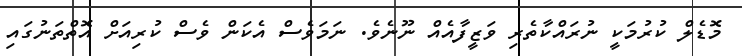
މޮޑެލް ކުރުމަކީ ނުރައްކާތެރި ވަޒީފާއެއް ނޫނެވެ. ނަމަވެސް އެކަން ވެސް ކުރިއަށް އޮތްތަނުގައި